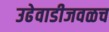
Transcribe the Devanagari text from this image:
उढेवाडीजवळच